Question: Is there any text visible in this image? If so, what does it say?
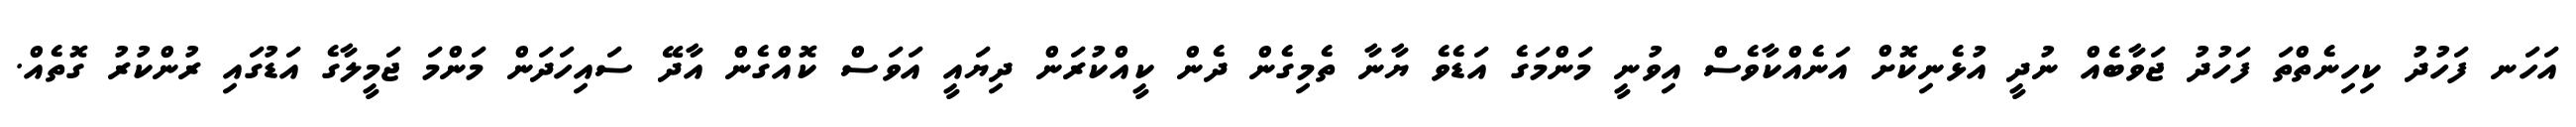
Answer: އަހަނ ފަހުދު ކިހިނެތްތަ ފަހުދު ޖަވާބެއް ނުދީ އުޅެނިކޮށް އަނެއްކާވެސް އިވުނީ މަންމަގެ އަޑެވެ ޔާނާ ތެމިގެން ދެން ކީއްކުރަން ދިޔައީ އަވަސް ކޮއްގެން އާދޭ ސައިހަދަން މަންމަ ޖަމީލާގެ އަޑުގައި ރުންކުރު ގޮތެއް.